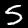
Label: 5